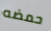
حمضه